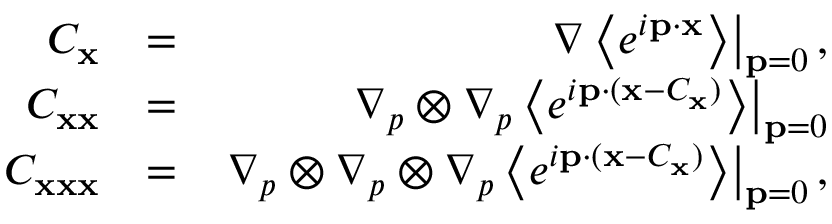
\begin{array} { r l r } { C _ { \bf x } } & { = } & { \left. \nabla \left\langle e ^ { i { \bf p } \cdot { \bf x } } \right\rangle \right\rvert _ { { \bf p } = { \boldsymbol 0 } } , } \\ { C _ { { \bf x } { \bf x } } } & { = } & { \left. \nabla _ { p } \otimes \nabla _ { p } \left\langle e ^ { i { \bf p } \cdot ( { \bf x } - C _ { \bf x } ) } \right\rangle \right\rvert _ { { \bf p } = { \boldsymbol 0 } } } \\ { C _ { { \bf x } { \bf x } { \bf x } } } & { = } & { \left. \nabla _ { p } \otimes \nabla _ { p } \otimes \nabla _ { p } \left\langle e ^ { i { \bf p } \cdot ( { \bf x } - C _ { \bf x } ) } \right\rangle \right\rvert _ { { \bf p } = { \boldsymbol 0 } } , } \end{array}